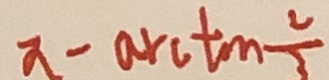
\pi - \arctan \frac { 2 } { 3 }